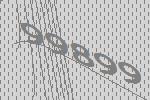
99899